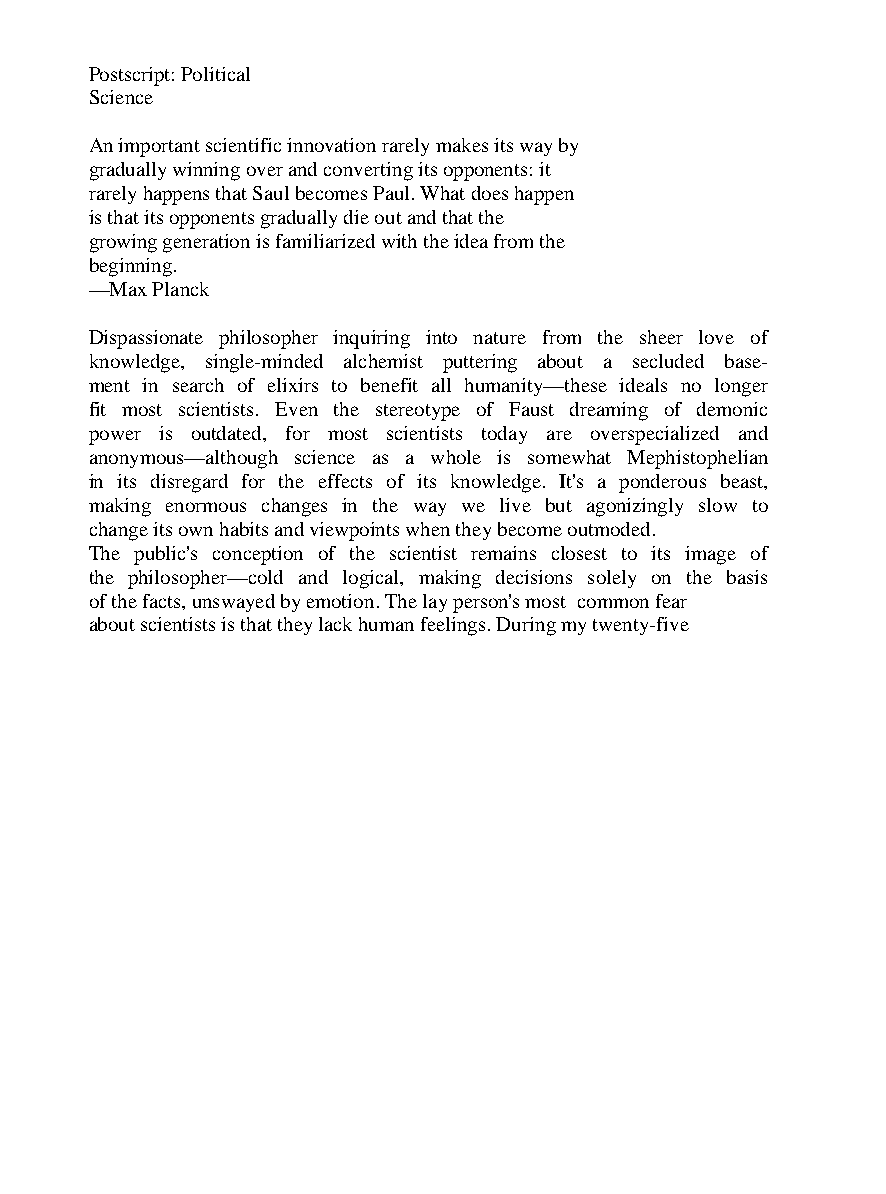
Postscript: Political
 Science
 An important scientific innovation rarely makes its way by
 gradually winning over and converting its opponents: it
 rarely happens that Saul becomes Paul. What does happen
 is that its opponents gradually die out and that the
 growing generation is familiarized with the idea from the
 beginning.
 —Max Planck
 Dispassionate philosopher inquiring into nature from the sheer love of
 knowledge, single-minded alchemist puttering about a secluded base-
 ment in search of elixirs to benefit all humanity—these ideals no longer
 fit most scientists. Even the stereotype of Faust dreaming of demonic
 power is outdated, for most scientists today are overspecialized and
 anonymous—although science as a whole is somewhat Mephistophelian
 in its disregard for the effects of its knowledge. It's a ponderous beast,
 making enormous changes in the way we live but agonizingly slow to
 change its own habits and viewpoints when they become outmoded.
 The public's conception of the scientist remains closest to its image of
 the philosopher—cold and logical, making decisions solely on the basis
 of the facts, unswayed by emotion. The lay person's most common fear
 about scientists is that they lack human feelings. During my twenty-five